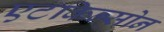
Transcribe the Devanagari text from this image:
एटकिन्सोन